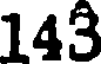
143